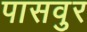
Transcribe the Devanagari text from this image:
पासवुर